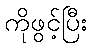
ကိုဖွင့်ပြီး